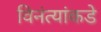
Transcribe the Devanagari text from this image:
विनंत्यांकडे